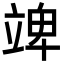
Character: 䇑